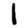
Digit: 1